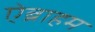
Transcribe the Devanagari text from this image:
ऐब्राहम